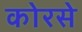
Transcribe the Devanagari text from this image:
कोरसे